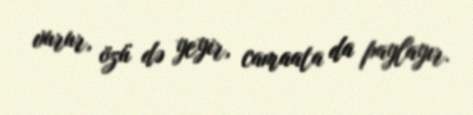
vurur, özü də yeyir, camaata da paylayır.